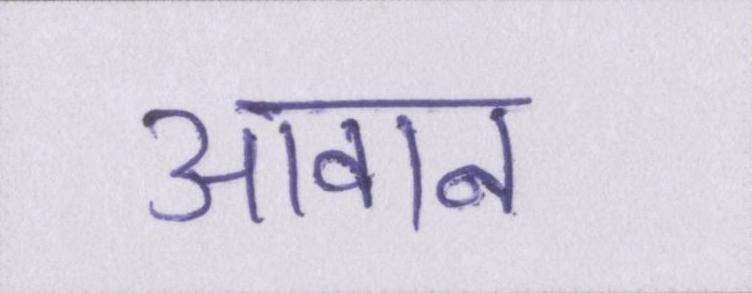
आवान